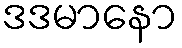
ဒဒမာနော